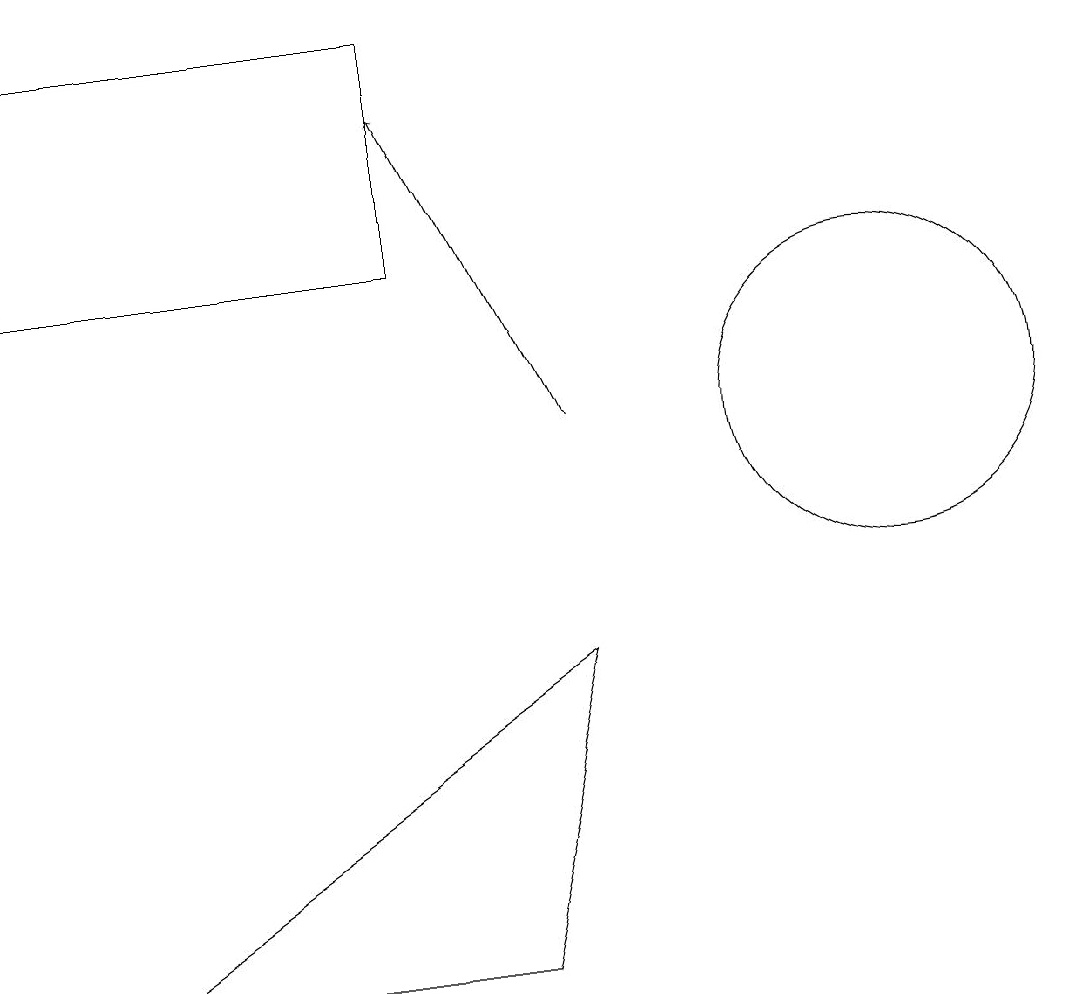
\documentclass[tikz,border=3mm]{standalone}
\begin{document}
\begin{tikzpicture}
\draw[->] (8,12) -- (6,16);
\draw (2,5) -- (7,5) -- (8,9) -- cycle;
\draw (6,14) rectangle (1,17);
\draw (12,12) circle (2);
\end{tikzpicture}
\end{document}